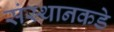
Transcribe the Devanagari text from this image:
संस्थानकडे